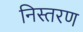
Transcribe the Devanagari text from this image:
निस्तरण